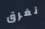
نغرق